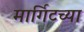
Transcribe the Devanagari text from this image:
मार्गिटच्या